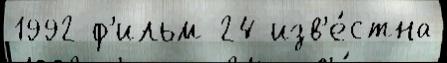
1992 ф'ильм 24 изв'е́стна